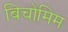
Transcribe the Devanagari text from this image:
बिचोमिम